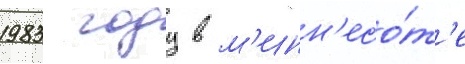
1983 году в м'инн'есо́т'е